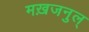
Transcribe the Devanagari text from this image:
मख़जनुल्